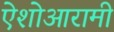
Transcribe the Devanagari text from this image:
ऐशोआरामी